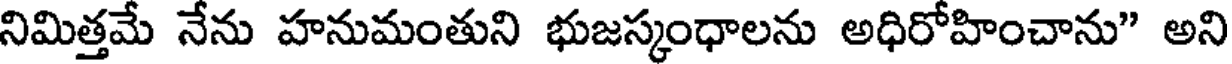
నిమిత్తమే నేను హనుమంతుని భుజస్కంధాలను అధిరోహించాను" అని